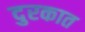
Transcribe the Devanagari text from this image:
दुरकात